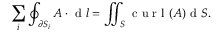
\sum _ { i } \oint _ { \partial S _ { i } } \boldsymbol { A } \cdot \mathrm { ~ d ~ } \boldsymbol { l } = \iint _ { S } \mathrm { ~ c ~ u ~ r ~ l ~ } ( \boldsymbol { A } ) \mathrm { ~ d ~ } S .